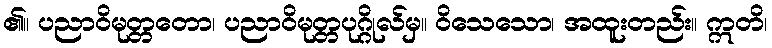
၏။ ပညာဝိမုတ္တတော၊ ပညာဝိမုတ္တပုဂ္ဂိုလ်မှ။ ဝိသေသော၊ အထူးတည်း။ ဣတိ၊